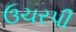
ઉચરપી